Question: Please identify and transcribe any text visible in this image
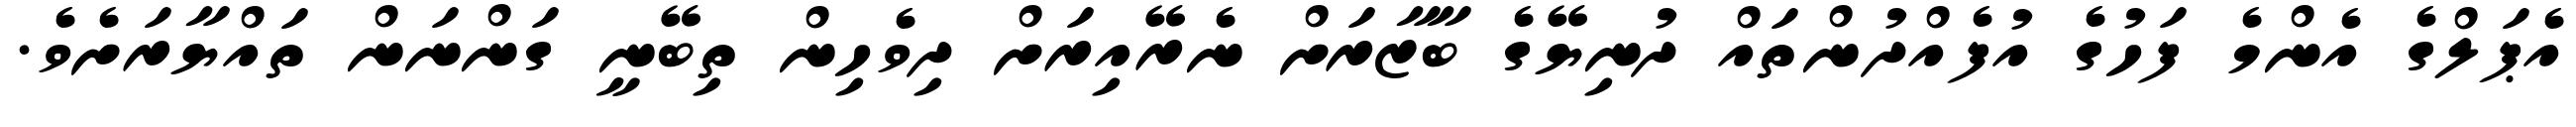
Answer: އެޕަލްގެ އެންމެ ފަހުގެ އުފެއްދުންތައް ދުނިޔޭގެ ބާޒާރަށް ނެރޭއިރަށް ދިވެހިން ތިބޭނީ ގަންނަން ތައްޔާރަށެވެ.